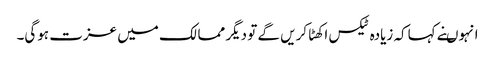
انہوںنے کہاکہ زیادہ ٹیکس اکھٹا کریں گے تو دیگر ممالک میں عزت ہوگی۔